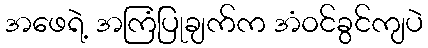
အဖေရဲ့ အကြံပြုချက်က အံဝင်ခွင်ကျပဲ